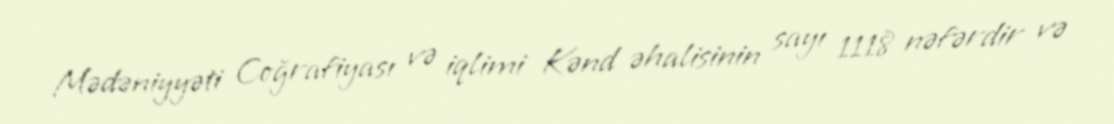
Mədəniyyəti Coğrafiyası və iqlimi Kənd əhalisinin sayı 1118 nəfərdir və